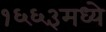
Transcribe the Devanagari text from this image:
१६६३मध्ये